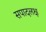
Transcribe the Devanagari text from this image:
सपादलक्ष